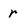
Character: r